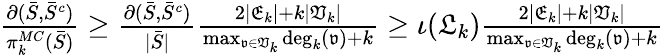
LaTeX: \begin{array}{r}{\frac{\partial(\bar{S},\bar{S}^{c})}{\pi_{k}^{MC}(\bar{S})}\geq\frac{\partial(\bar{S},\bar{S}^{c})}{|\bar{S}|}\frac{2|\mathfrak{E}_{k}|+k|\mathfrak{V}_{k}|}{\operatorname*{max}_{\mathfrak{v}\in\mathfrak{V}_{k}}\mathrm{deg}_{k}(\mathfrak{v})+k}\geq\iota(\mathfrak{L}_{k})\frac{2|\mathfrak{E}_{k}|+k|\mathfrak{V}_{k}|}{\operatorname*{max}_{\mathfrak{v}\in\mathfrak{V}_{k}}\mathrm{deg}_{k}(\mathfrak{v})+k}}\end{array}